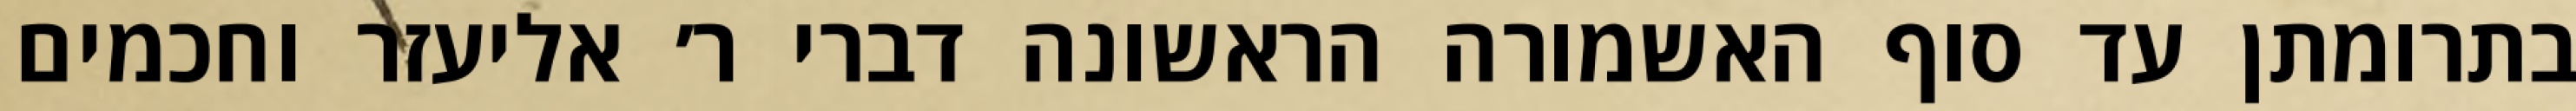
בתרומתן עד סוף האשמורה הראשונה דברי ר׳ אליעזר וחכמים